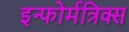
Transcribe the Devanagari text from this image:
इन्फोर्मत्रिक्स